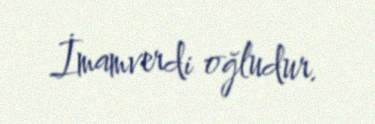
İmamverdi oğludur.